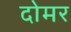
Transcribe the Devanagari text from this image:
दोमर